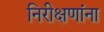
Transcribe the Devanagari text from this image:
निरीक्षणांना